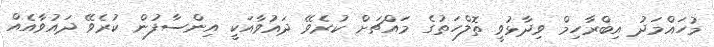
މުހައްމަދު އިބްރާހިމް ވިދާޅުވީ ތޮލްހަތުގެ މައްޗަށް ކުރެވޭ ދައުވާއަކީ އިންސާފުން ކުރެވޭ ދައުވާއެއް